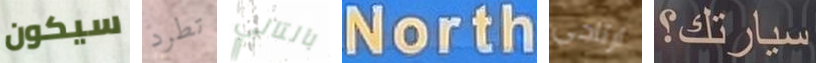
سيكون تطرد بالتالي North ارتاحي سيارتك؟